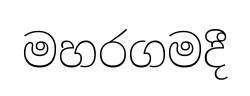
මහරගමදී